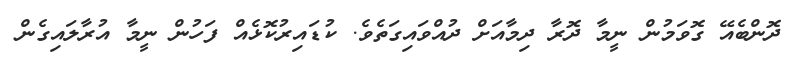
ދޮންބެއޭ ގޮވަމުން ނީމާ ދޮރާ ދިމާއަށް ދުއްވައިގަތެވެ. ކުޑައިރުކޮޅެއް ފަހުން ނީމާ އުރާލައިގެން